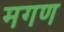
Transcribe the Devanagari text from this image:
मगण